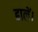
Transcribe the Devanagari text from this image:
ढालें।